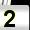
Digit: 2